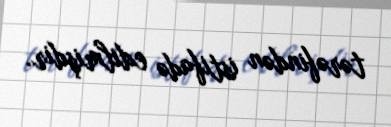
tərəfindən istifadə edilmişdir.